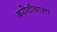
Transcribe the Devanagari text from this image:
बरोटीवाला